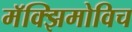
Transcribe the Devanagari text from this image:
मॅक्झिमोविच